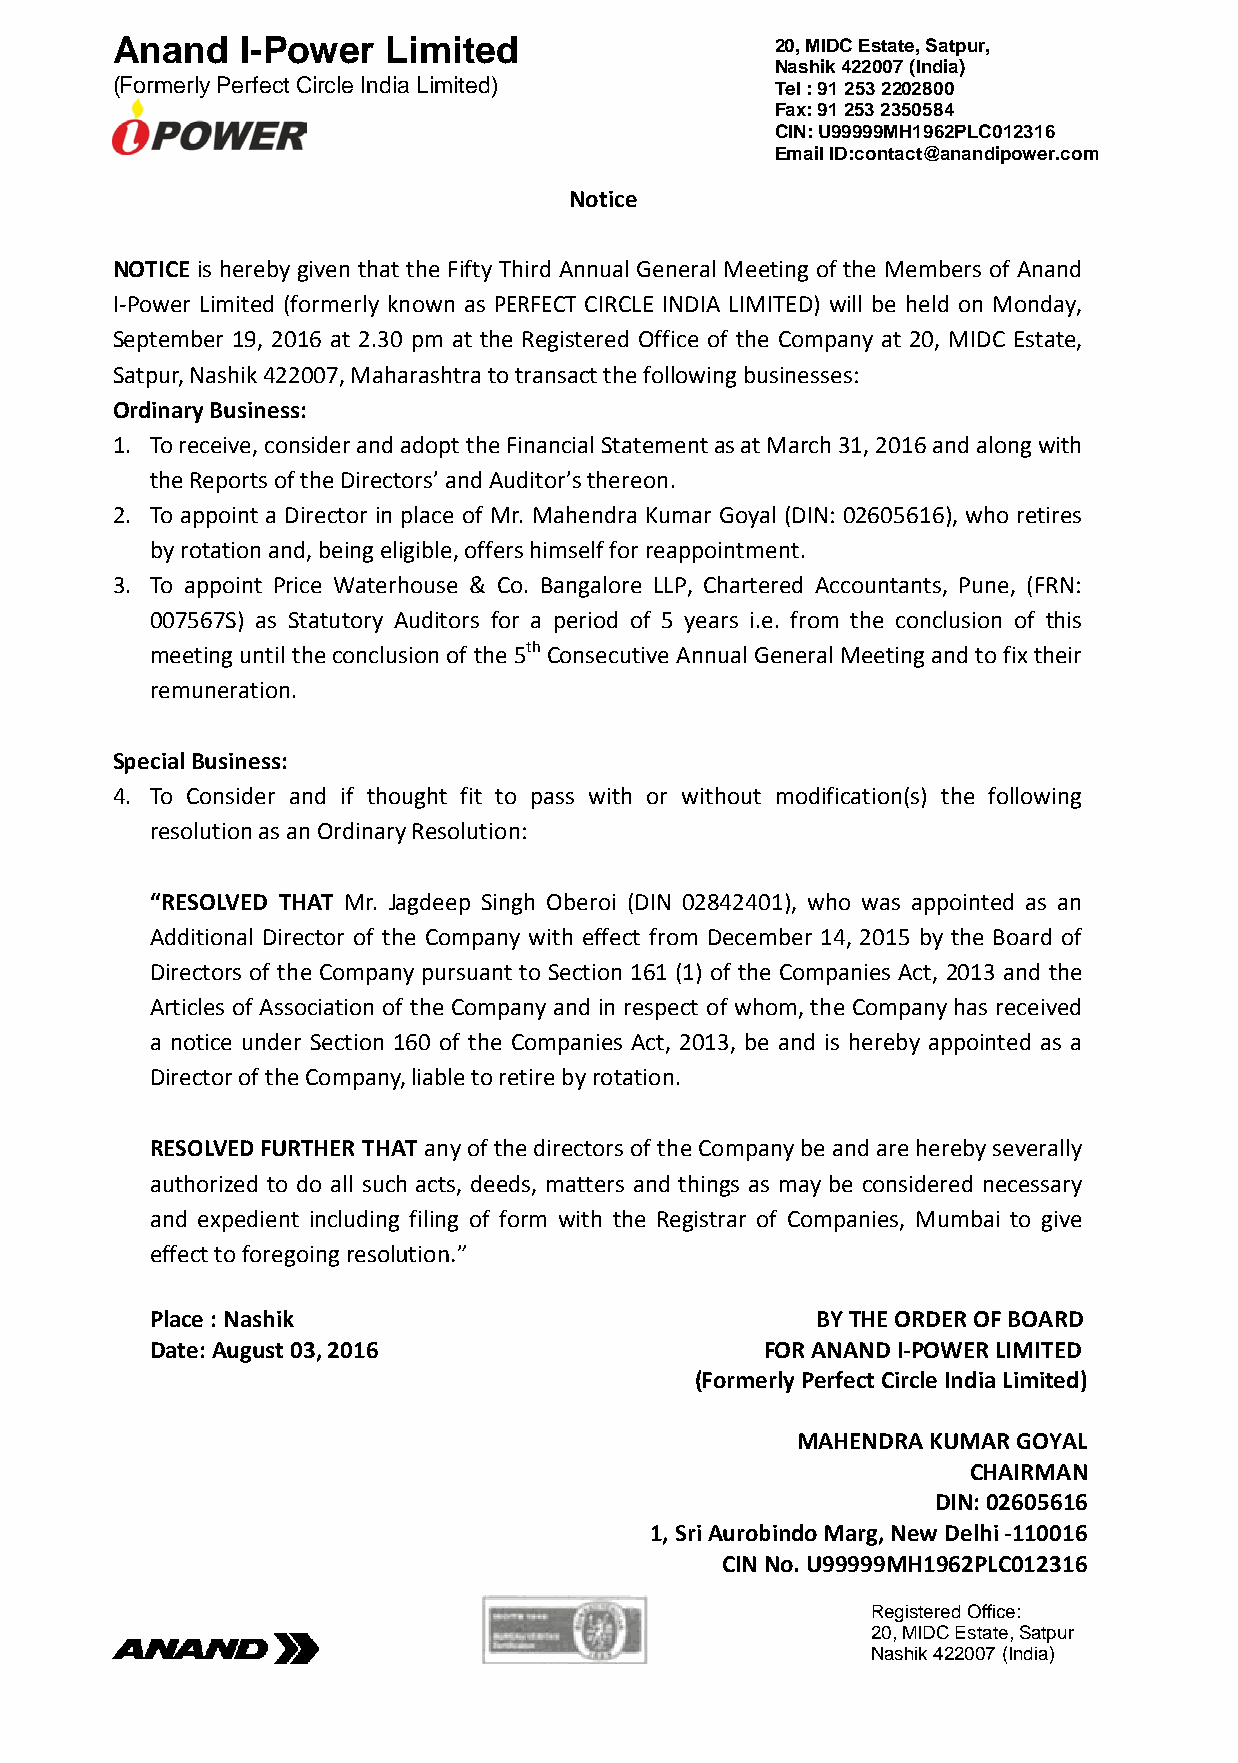
Anand    I-Power   Limited                  20, MIDC Estate, Satpur,
 Nashik 422007 (India)
 (Formerly Perfect Circle India Limited)     Tel : 91 253 2202800
 Fax: 91 253 2350584
 CIN: U99999MH1962PLC012316
 Email ID:contact@anandipower.com
 Notice
 NOTICE is hereby given that the Fifty Third Annual General Meeting of the Members of Anand
 I-Power Limited (formerly known as PERFECT CIRCLE INDIA LIMITED) will be held on Monday,
 September 19, 2016 at 2.30 pm at the Registered Office of the Company at 20, MIDC Estate,
 Satpur, Nashik 422007, Maharashtra to transact the following businesses:
 Ordinary Business:
 1. To receive, consider and adopt the Financial Statement as at March 31, 2016 and along with
 the Reports of the Directors’ and Auditor’s thereon.
 2. To appoint a Director in place of Mr. Mahendra Kumar Goyal (DIN: 02605616), who retires
 by rotation and, being eligible, offers himself for reappointment.
 3. To appoint Price Waterhouse & Co. Bangalore LLP, Chartered Accountants, Pune, (FRN:
 007567S) as Statutory Auditors for a period of 5 years i.e. from the conclusion of this
 meeting until the conclusion of the 5th Consecutive Annual General Meeting and to fix their
 remuneration.
 Special Business:
 4. To Consider and if thought fit to pass with or without modification(s) the following
 resolution as an Ordinary Resolution:
 “RESOLVED THAT Mr. Jagdeep Singh Oberoi (DIN 02842401), who was appointed as an
 Additional Director of the Company with effect from December 14, 2015 by the Board of
 Directors of the Company pursuant to Section 161 (1) of the Companies Act, 2013 and the
 Articles of Association of the Company and in respect of whom, the Company has received
 a notice under Section 160 of the Companies Act, 2013, be and is hereby appointed as a
 Director of the Company, liable to retire by rotation.
 RESOLVED FURTHER THAT any of the directors of the Company be and are hereby severally
 authorized to do all such acts, deeds, matters and things as may be considered necessary
 and expedient including filing of form with the Registrar of Companies, Mumbai to give
 effect to foregoing resolution.”
 Place : Nashik                              BY THE ORDER OF BOARD
 Date: August 03, 2016                    FOR ANAND I-POWER LIMITED
 (Formerly Perfect Circle India Limited)
 MAHENDRA KUMAR GOYAL
 CHAIRMAN
 DIN: 02605616
 1, Sri Aurobindo Marg, New Delhi -110016
 CIN No. U99999MH1962PLC012316
 Registered Office:
 20, MIDC Estate, Satpur
 N a shik 422007 (India)